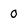
Character: 0